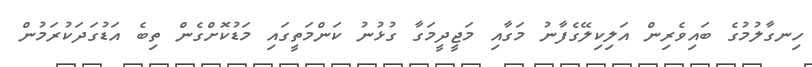
ހިނގާލުމުގެ ބައިވެރިން އަލިކިލޭގެފާނު މަގާއި މަޖީދީމަގާ ގުޅުނު ކަންމަތީގައި މަޑުކޮށްގެން ތިބެ އަޑުގަދަކުރަމުން